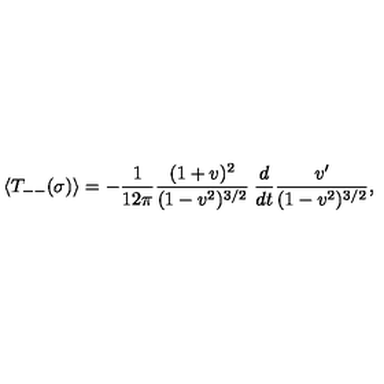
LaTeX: \langle T _ { -- } ( \sigma ) \rangle = - \frac { 1 } { 1 2 \pi } \frac { ( 1 + v ) ^ { 2 } } { ( 1 - v ^ { 2 } ) ^ { 3 / 2 } } \: \frac { d } { d t } \frac { v ^ { \prime } } { ( 1 - v ^ { 2 } ) ^ { 3 / 2 } } ,